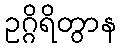
ဥဂ္ဂိရိတွာန